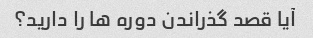
آیا قصد گذراندن دوره ها را دارید؟